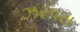
ઝરપરા